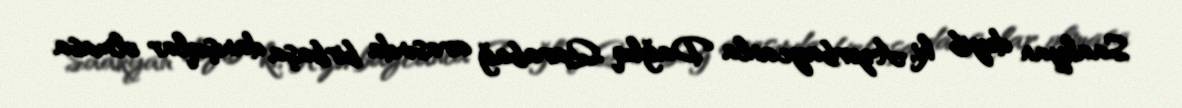
Saakyan deyib ki, Azərbaycanla Dağlıq Qarabağ arasında birbaşa danışıqlar olmasa